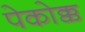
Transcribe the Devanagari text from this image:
पेकोक्क